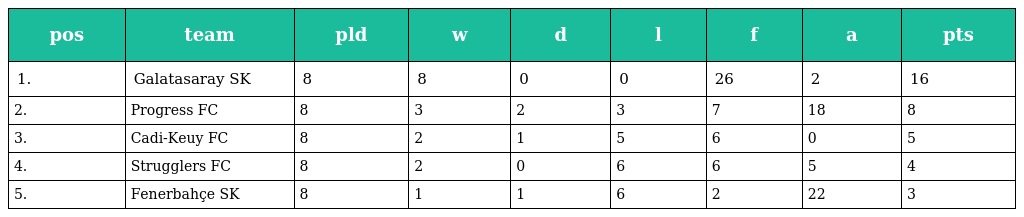
| pos | team | pld | w | d | l | f | a | pts |
 | --- | --- | --- | --- | --- | --- | --- | --- | --- |
 | 1. | Galatasaray SK | 8 | 8 | 0 | 0 | 26 | 2 | 16 |
 | 2. | Progress FC | 8 | 3 | 2 | 3 | 7 | 18 | 8 |
 | 3. | Cadi-Keuy FC | 8 | 2 | 1 | 5 | 6 | 0 | 5 |
 | 4. | Strugglers FC | 8 | 2 | 0 | 6 | 6 | 5 | 4 |
 | 5. | Fenerbahçe SK | 8 | 1 | 1 | 6 | 2 | 22 | 3 |